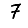
Digit: 7